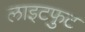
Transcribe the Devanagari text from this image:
लाइटफुट